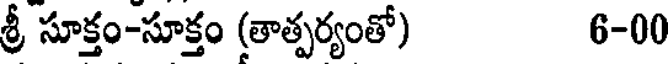
శ్రీ సూక్తం-సూక్తం (తాత్పర్యంతో) 6-00